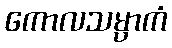
ကောလသမ္ပာကံ